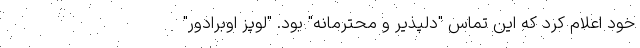
خود اعلام کرد که این تماس "دلپذیر و محترمانه" بود. "لوپز اوبرادور"